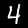
Digit: 4